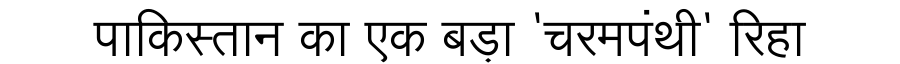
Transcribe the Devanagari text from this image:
पाकिस्तान का एक बड़ा 'चरमपंथी' रिहा